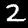
Digit: 2